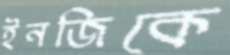
ইনজিকে